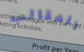
المقالب